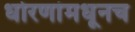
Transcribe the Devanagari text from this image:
धोरणांमधूनच